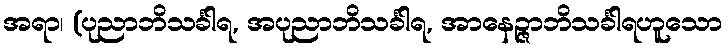
အရာ၊ (ပုညာဘိသင်္ခါရ, အပုညာဘိသင်္ခါရ, အာနေဉ္ဇာဘိသင်္ခါရဟူသော